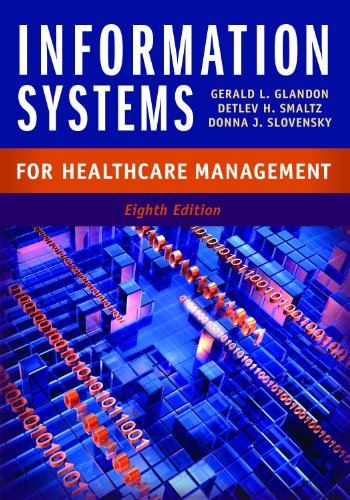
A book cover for Information Systems for Healthcare Management, Eighth Edition; Gerald L. Glandon; Medical Books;